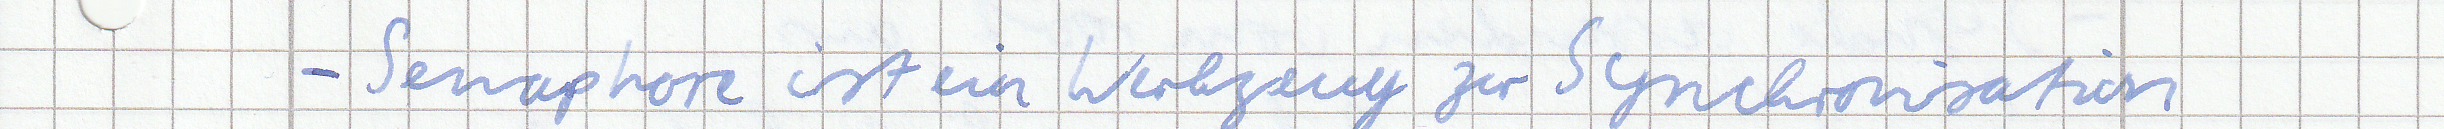
- Semaphore ist ein Werkzeug zu Synchronisation